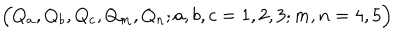
\Bigr ( Q _ { a } , Q _ { b } , Q _ { c } , Q _ { m } , Q _ { n } ; a , b , c = 1 , 2 , 3 ; m , n = 4 , 5 \Bigl )